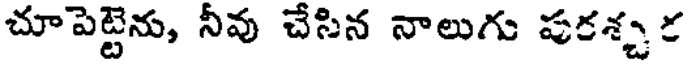
చూపెట్టెను, నీవు చేసిన నాలుగు పుకశ్చర